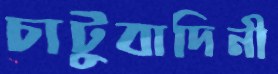
চাটুবাদিনী